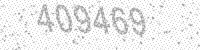
Solution: 409469